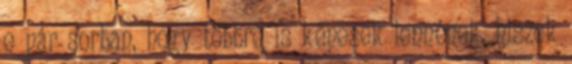
e pár sorban, hogy többre is képesek lennének. hiszek